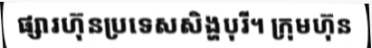
ផ្សារហ៊ុនប្រទេសសិង្ហបុរី។ ក្រុមហ៊ុន